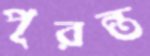
পূরন্ত